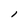
Character: l